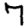
Digit: 7